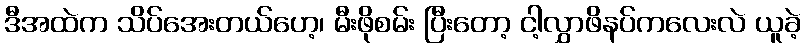
ဒီအထဲက သိပ်အေးတယ်ဟေ့၊ မီးဖိုစမ်း ပြီးတော့ ငါ့လွှာဖိနပ်ကလေးလဲ ယူခဲ့